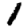
Digit: 1